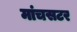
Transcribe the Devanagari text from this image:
मांचसटर